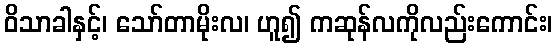
ဝိသာခါနှင့်၊ သော်တာမိုးလ၊ ဟူ၍ ကဆုန်လကိုလည်းကောင်း၊